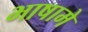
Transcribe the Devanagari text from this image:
भाषामे